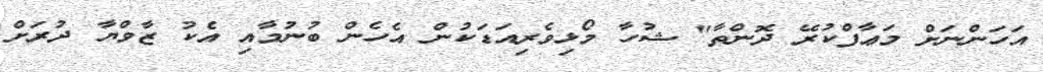
އަހަންނަށް މަޢާފްކުރޭ ދޮންތާ" ޝުހާ މޯޅިވެރިއަޑަކުން އެހެން ބުނުމާއި އެކު ޒާވްޔާ ދުރަށް